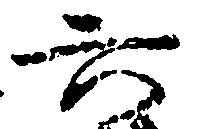
六